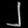
Digit: ၂